Annual report of the Bengal Veterinary College and of the Civil Veterinary Department, Bengal, for the year 1917-18 - 1917-1918
Year: 1917
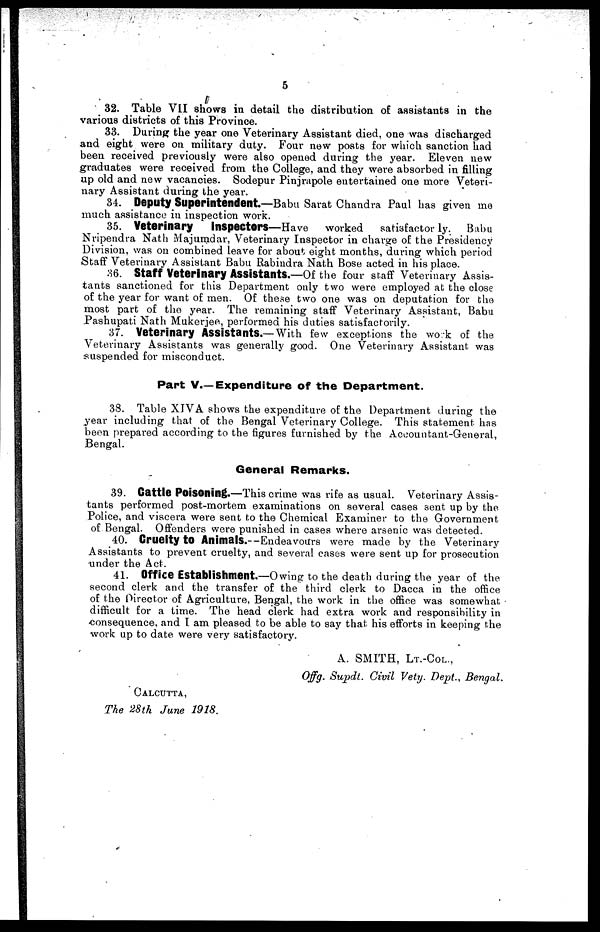
5
32. Table VII shows in detail the distribution of assistants in the
various districts of this Province.
33. During the year one Veterinary Assistant died, one was discharged
and eight were on military duty. Four new posts for which sanction had
been received previously were also opened during the year. Eleven new
graduates were received from the College, and they were absorbed in filling
up old and new vacancies. Sodepur Pinjrapole entertained one more Veteri-
nary Assistant during the year.
34. Deputy Superintendent.—Babu Sarat Chandra Paul has given me
much assistance in inspection work.
35. Veterinary
Inspectors—Have
worked
satisfactorily.
Babu
Nripendra Nath Majumdar, Veterinary Inspector in charge of the Presidency
Division, was on combined leave for about eight months, during which period
Staff Veterinary Assistant Babu Rabindra Nath Bose acted in his place.
36. Staff Veterinary Assistants.—Of the four staff Veterinary Assis-
tants sanctioned for this Department only two were employed at the close
of the year for want of men. Of these two one was on deputation for the
most part of the year. The remaining staff Veterinary Assistant, Babu
Pashupati Nath Mukerjee, performed his duties satisfactorily.
37. Veterinary Assistants.—With few exceptions the work of the
Veterinary Assistants was generally good. One Veterinary Assistant was
suspended for misconduct.
Part V.—Expenditure of the Department.
38. Table XIVA shows the expenditure of the Department during the
year including that of the Bengal Veterinary College. This statement has
been prepared according to the figures furnished by the Accountant-General,
Bengal.
General Remarks.
39. Cattle Poisoning.—This crime was rife as usual. Veterinary Assis-
tants performed post-mortem examinations on several cases sent up by the
Police, and viscera were sent to the Chemical Examiner to the Government
of Bengal. Offenders were punished in cases where arsenic was detected.
40. Cruelty to Animals.--Endeavours were made by the Veterinary
Assistants to prevent cruelty, and several cases were sent up for prosecution
under the Act.
41. Office Establishment.—Owing to the death during the year of the
second clerk and the transfer of the third clerk to Dacca in the office
of the Director of Agriculture, Bengal, the work in the office was somewhat
difficult for a time. The head clerk had extra work and responsibility in
consequence, and I am pleased to be able to say that his efforts in keeping the
work up to date were very satisfactory.
A. SMITH, LT.-COL.,
Offg. Supdt. Civil Vety. Dept., Bengal.
CALCUTTA,
The 28th Jane 1918.